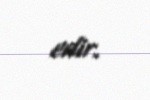
edir.